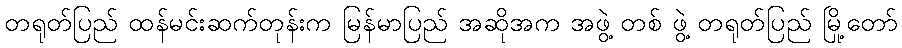
တရုတ်ပြည် ထန်မင်းဆက်တုန်းက မြန်မာပြည် အဆိုအက အဖွဲ့ တစ် ဖွဲ့ တရုတ်ပြည် မြို့တော်